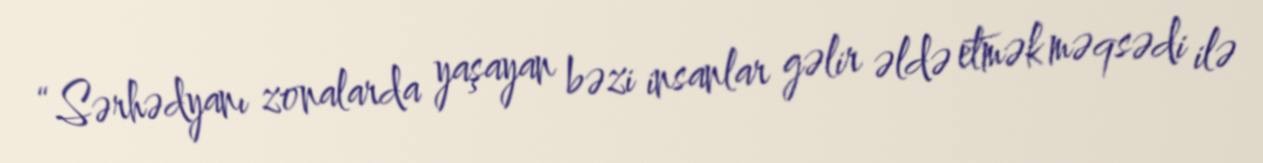
“Sərhədyanı zonalarda yaşayan bəzi insanlar gəlir əldə etmək məqsədi ilə